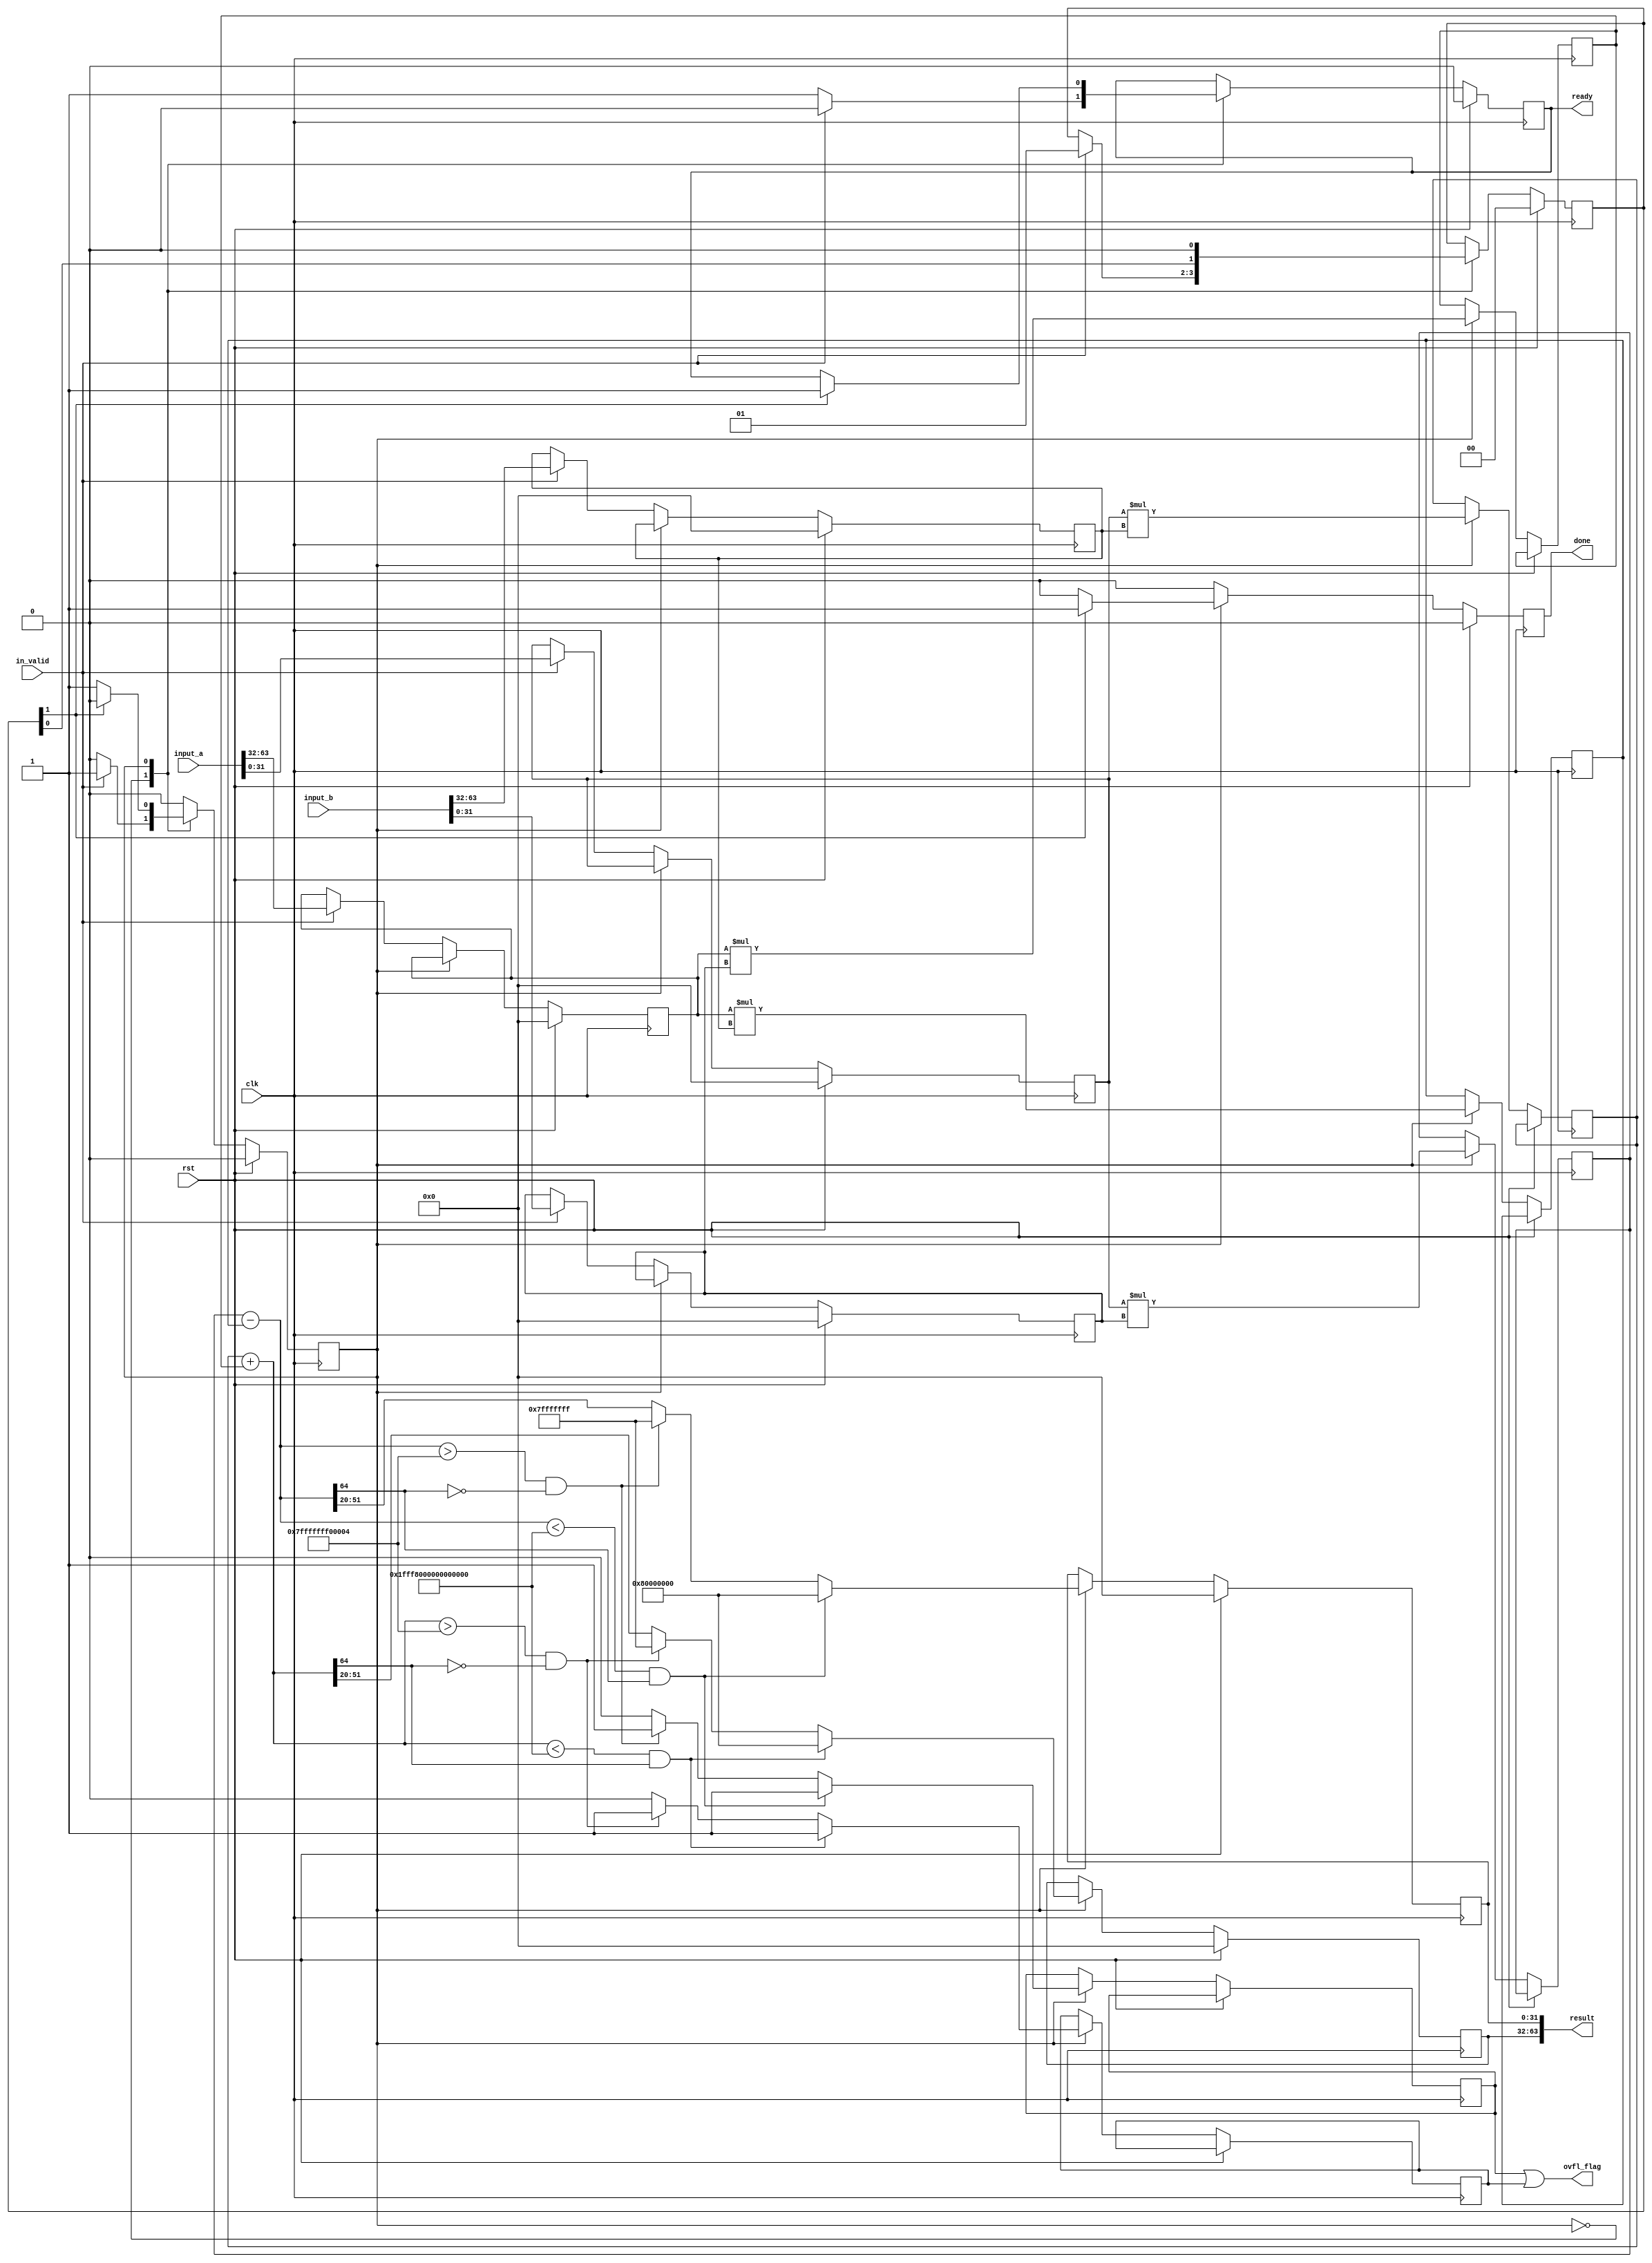
`timescale 1ns / 1ps
//////////////////////////////////////////////////////////////////////////////////
// Company: 
// Engineer: 
// 
// Design Name: 
// Module Name: complex_mult
// Project Name: 
// Target Devices: 
// Tool Versions: 
// Description: 
// 
// Dependencies: 
// 
// Revision:
// Revision 0.01 - File Created
// Additional Comments:
// 
//////////////////////////////////////////////////////////////////////////////////


module complex_mult #(
    parameter NUMBER_WIDTH = 32,
    parameter DECIMAL_BITS = 20
)
(
    input wire clk,
    input wire rst,
    input wire [2*NUMBER_WIDTH-1:0] input_a,
    input wire [2*NUMBER_WIDTH-1:0] input_b,
    input wire in_valid,
    output wire [2*NUMBER_WIDTH-1:0] result,
    output wire ready,
    output wire done,
    output wire ovfl_flag
    );
    
    localparam READY = 0,
               MULT = 1;
    
    reg signed [NUMBER_WIDTH-1:0] MAX_VAL = {1'h0, {NUMBER_WIDTH-1{1'h1}}};
    reg signed [NUMBER_WIDTH-1:0] MIN_VAL = {1'h1, {NUMBER_WIDTH-1{1'h0}}};
    
    reg signed [2*NUMBER_WIDTH:0] MAX_VAL_CMP = 65'h00007FFFFFFF00004;
    reg signed [2*NUMBER_WIDTH:0] MIN_VAL_CMP = 65'h1FFF8000000000000;
    
    reg state;
    reg ready_reg;
    reg done_reg;
    
    reg signed [NUMBER_WIDTH-1:0] input_a_re;
    reg signed [NUMBER_WIDTH-1:0] input_a_im;
    reg signed [NUMBER_WIDTH-1:0] input_b_re;
    reg signed [NUMBER_WIDTH-1:0] input_b_im;
    reg signed [2*NUMBER_WIDTH-1:0] re_mult[0:1];
    reg [2*NUMBER_WIDTH:0] re_add;
    reg signed [2*NUMBER_WIDTH-1:0] imag_mult[0:1];
    reg [2*NUMBER_WIDTH:0] imag_add;
    reg [NUMBER_WIDTH-1:0] result_re;
    reg [NUMBER_WIDTH-1:0] result_imag;
    reg overflow_re;
    reg overflow_imag;
    reg [1:0] pipe_stage;
    
    wire expected_re;
    wire expected_imag;
    wire sign_re;
    wire sign_imag;
    
    assign ready = ready_reg;
    assign done = done_reg;
    
    assign expected_re = re_add[2*NUMBER_WIDTH];
    assign expected_imag = imag_add[2*NUMBER_WIDTH];
    
    assign sign_re = re_add[DECIMAL_BITS+NUMBER_WIDTH-1];
    assign sign_imag = imag_add[DECIMAL_BITS+NUMBER_WIDTH-1];
    
    assign ovfl_flag = overflow_re | overflow_imag;
    assign result = {result_imag, result_re};
    
    always @* begin 
        re_add = re_mult[0] - re_mult[1];
        imag_add = imag_mult[0] + imag_mult[1];
    end
    
    always @(posedge(clk)) begin 
        done_reg <= 0;
        if (rst) begin 
            state <= READY;
            ready_reg <= 0;
            input_a_re <= 0;
            input_a_im <= 0;
            input_b_re <= 0;
            input_b_im <= 0;
            pipe_stage <= 0;
            result_imag <= 0;
            result_re <= 0;
        end else begin 
            case(state)
                READY: begin 
                    ready_reg <= 1;
                    if (in_valid) begin 
                        input_a_re <= input_a[NUMBER_WIDTH-1:0];
                        input_a_im <= input_a[2*NUMBER_WIDTH-1:NUMBER_WIDTH];
                        input_b_re <= input_b[NUMBER_WIDTH-1:0];
                        input_b_im <= input_b[2*NUMBER_WIDTH-1:NUMBER_WIDTH];
                        state <= MULT;
                        ready_reg <= 0;
                        pipe_stage <= 1;
                    end
                end 
                MULT: begin 
                    pipe_stage <= pipe_stage << 1;
                    re_mult[0] <= input_a_re * input_b_re; //real * real
                    re_mult[1] <= input_a_im * input_b_im; //imag * imag
                
                    imag_mult[0] <= input_a_re * input_b_im; //real * imag
                    imag_mult[1] <= input_a_im * input_b_re; //imag * real
                    
                    if ((re_add < MIN_VAL_CMP) && re_add[2*NUMBER_WIDTH]) begin 
                        result_re <= MIN_VAL;
                        overflow_re <= 1;
                    end else begin
                        if ((re_add > MAX_VAL_CMP) && ~re_add[2*NUMBER_WIDTH]) begin 
                            result_re <= MAX_VAL;
                            overflow_re <= 1;
                        end else begin 
                            result_re <=  re_add[DECIMAL_BITS +: NUMBER_WIDTH];
                            overflow_re <= 0;
                        end  
                    end
                    if ((imag_add < MIN_VAL_CMP) && imag_add[2*NUMBER_WIDTH]) begin 
                        result_imag <= MIN_VAL;
                        overflow_imag <= 1;
                    end else begin
                        if ((imag_add > MAX_VAL_CMP) && ~imag_add[2*NUMBER_WIDTH]) begin 
                            result_imag <= MAX_VAL;
                            overflow_imag <= 1;
                        end else begin 
                            result_imag <=  imag_add[DECIMAL_BITS +: NUMBER_WIDTH];
                            overflow_imag <= 0;
                        end  
                    end
                    if (pipe_stage[1] == 1) begin 
                        done_reg <= 1;
                        ready_reg <= 1;
                        state <= READY;
                    end
                end 
            endcase
        end
    end
    
endmodule